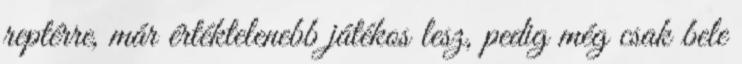
reptérre, már értéktelenebb játékos lesz, pedig még csak bele